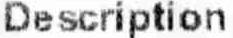
DESCRIPTION